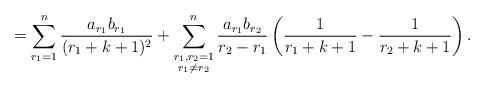
LaTeX: \begin{align*}=\sum_{r_1=1}^{n}\frac{a_{r_1}b_{r_1}}{(r_1+k+1)^2}+\sum_{\substack{{r_1,r_2=1}\\r_1\ne r_2}}^{n}\frac{a_{r_1}b_{r_2}}{r_2-r_1}\left(\frac{1}{r_1+k+1}-\frac{1}{r_2+k+1}\right).\end{align*}